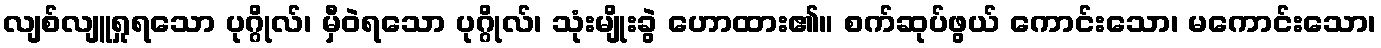
လျစ်လျူရှုရသော ပုဂ္ဂိုလ်၊ မှီဝဲရသော ပုဂ္ဂိုလ်၊ သုံးမျိုးခွဲ ဟောထား၏။ စက်ဆုပ်ဖွယ် ကောင်းသော၊ မကောင်းသော၊